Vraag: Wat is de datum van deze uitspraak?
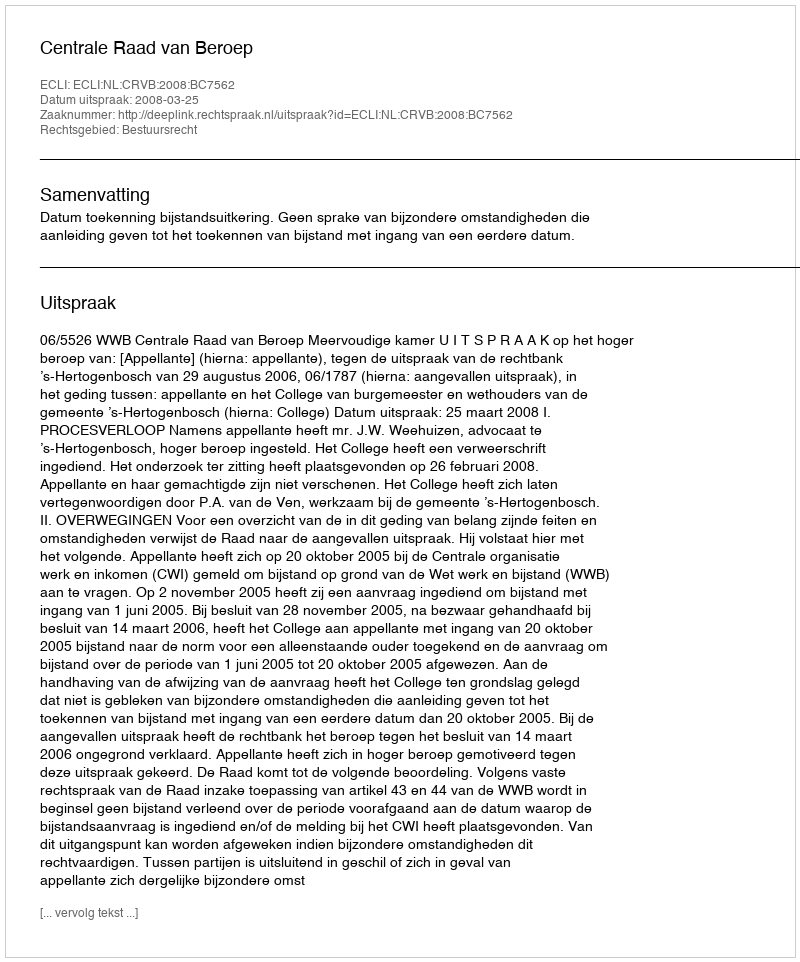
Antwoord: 2008-03-25